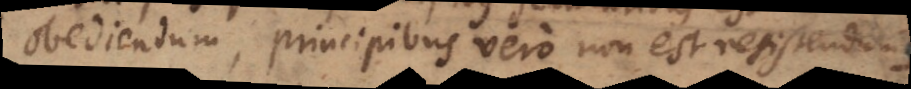
obediendum, principibus vero non est resistendum